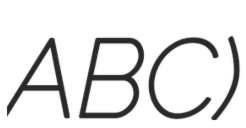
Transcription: ABC)